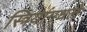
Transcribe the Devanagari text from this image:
स्त्रियांमधले